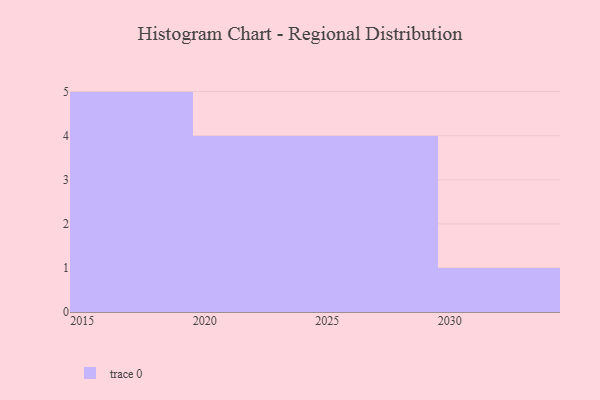
{"axis": {"x": "Year", "y": "Conversion Rate (%)"}, "legend": [""], "data": [{"x": "2020", "y": 37, "type": ""}, {"x": "2016", "y": 83, "type": ""}, {"x": "2028", "y": 17, "type": ""}, {"x": "2015", "y": 46, "type": ""}, {"x": "2026", "y": 18, "type": ""}, {"x": "2027", "y": 50, "type": ""}, {"x": "2030", "y": 10, "type": ""}, {"x": "2019", "y": 11, "type": ""}, {"x": "2024", "y": 55, "type": ""}, {"x": "2017", "y": 68, "type": ""}, {"x": "2018", "y": 86, "type": ""}, {"x": "2029", "y": 22, "type": ""}, {"x": "2022", "y": 39, "type": ""}, {"x": "2023", "y": 21, "type": ""}]}